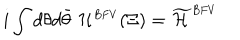
i \int d \theta d \bar { \theta } \; { \cal H } ^ { \scriptscriptstyle B F V } ( \Xi ) = \widetilde { \cal { H } } ^ { \scriptscriptstyle B F V }